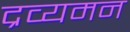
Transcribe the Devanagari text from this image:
द्रव्यमन